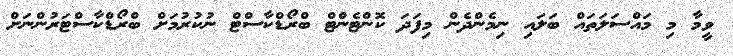
ވީމާ މި މައްސަލަތައް ބަލައި ނިމެންދެން މިފަދަ ކޮންޓެންޓް ބްރޯޑްކާސްޓް ނުކުރުމަށް ބްރޯޑްކާސްޓަރުންނަށް